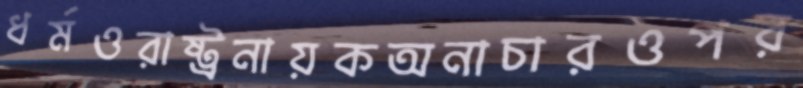
ধর্মওরাষ্ট্রনায়কঅনাচারওপর